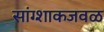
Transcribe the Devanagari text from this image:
सांग्शाकजवळ